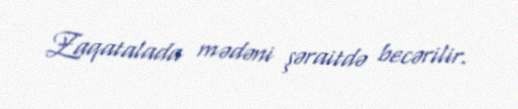
Zaqatalada mədəni şəraitdə becərilir.